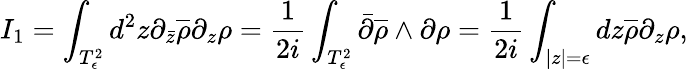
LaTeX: I_{1}=\int_{T_{\epsilon}^{2}}d^{2}z\partial_{\bar{z}}\overline{{{\rho}}}\partial_{z}\rho=\frac{1}{2i}\int_{T_{\epsilon}^{2}}\bar{\partial}\overline{{{\rho}}}\wedge\partial\rho=\frac{1}{2i}\int_{|z|=\epsilon}dz\overline{{{\rho}}}\partial_{z}\rho,